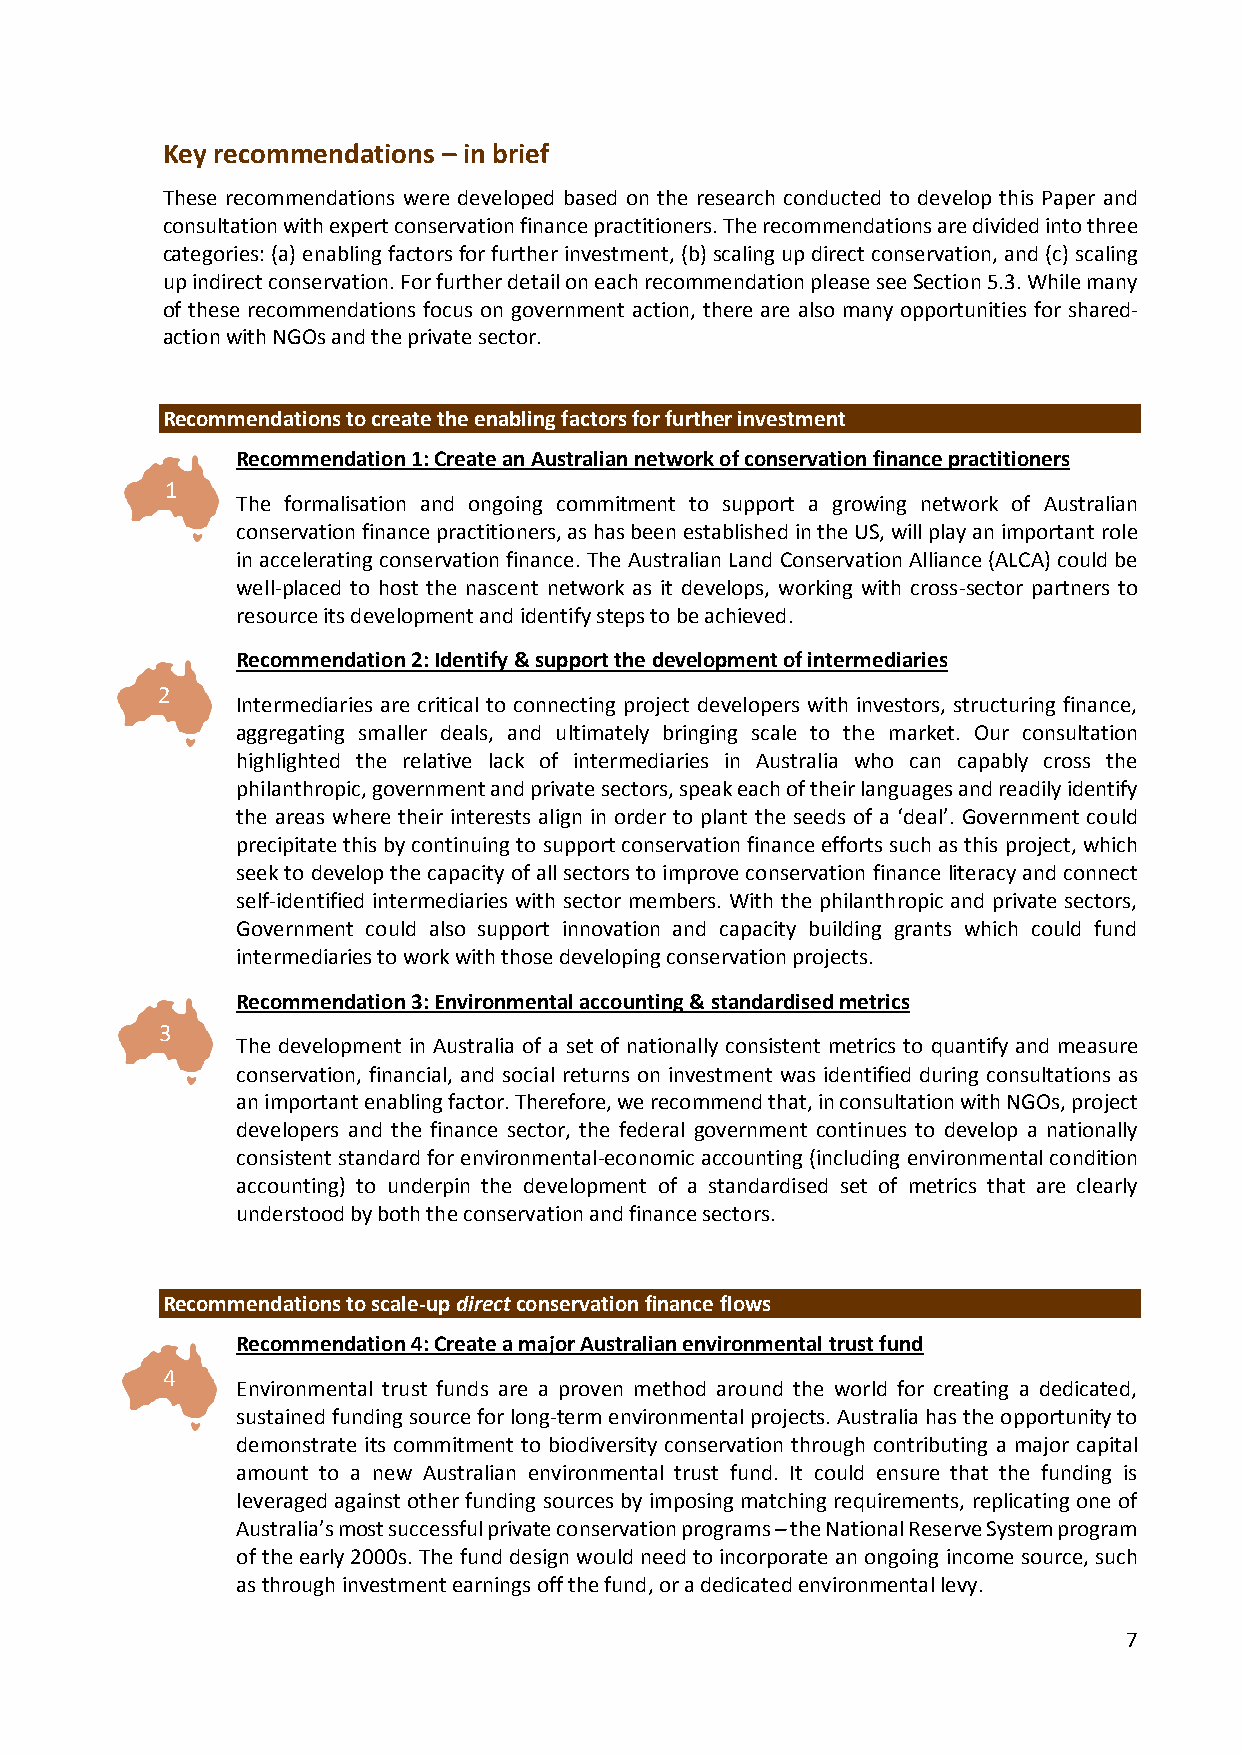
Key recommendations – in brief
 These recommendations were developed based on the research conducted to develop this Paper and
 consultation with expert conservation finance practitioners. The recommendations are divided into three
 categories: (a) enabling factors for further investment, (b) scaling up direct conservation, and (c) scaling
 up indirect conservation. For further detail on each recommendation please see Section 5.3. While many
 of these recommendations focus on government action, there are also many opportunities for shared-
 action with NGOs and the private sector.
 Recommendations to create the enabling factors for further investment
 Recommendation 1: Create an Australian network of conservation finance practitioners
 1
 The formalisation and ongoing commitment to support a growing network of Australian
 conservation finance practitioners, as has been established in the US, will play an important role
 in accelerating conservation finance. The Australian Land Conservation Alliance (ALCA) could be
 well-placed to host the nascent network as it develops, working with cross-sector partners to
 resource its development and identify steps to be achieved.
 Recommendation 2: Identify & support the development of intermediaries
 2
 Intermediaries are critical to connecting project developers with investors, structuring finance,
 aggregating smaller deals, and ultimately bringing scale to the market. Our consultation
 highlighted the relative lack of intermediaries in Australia who can capably cross the
 philanthropic, government and private sectors, speak each of their languages and readily identify
 the areas where their interests align in order to plant the seeds of a ‘deal’. Government could
 precipitate this by continuing to support conservation finance efforts such as this project, which
 seek to develop the capacity of all sectors to improve conservation finance literacy and connect
 self-identified intermediaries with sector members. With the philanthropic and private sectors,
 Government could also support innovation and capacity building grants which could fund
 intermediaries to work with those developing conservation projects.
 Recommendation 3: Environmental accounting & standardised metrics
 3
 The development in Australia of a set of nationally consistent metrics to quantify and measure
 conservation, financial, and social returns on investment was identified during consultations as
 an important enabling factor. Therefore, we recommend that, in consultation with NGOs, project
 developers and the finance sector, the federal government continues to develop a nationally
 consistent standard for environmental-economic accounting (including environmental condition
 accounting) to underpin the development of a standardised set of metrics that are clearly
 understood by both the conservation and finance sectors.
 Recommendations to scale-up direct conservation finance flows
 Recommendation 4: Create a major Australian environmental trust fund
 4
 Environmental trust funds are a proven method around the world for creating a dedicated,
 sustained funding source for long-term environmental projects. Australia has the opportunity to
 demonstrate its commitment to biodiversity conservation through contributing a major capital
 amount to a new Australian environmental trust fund. It could ensure that the funding is
 leveraged against other funding sources by imposing matching requirements, replicating one of
 Australia’s most successful private conservation programs – the National Reserve System program
 of the early 2000s. The fund design would need to incorporate an ongoing income source, such
 as through investment earnings off the fund, or a dedicated environmental levy.
 7